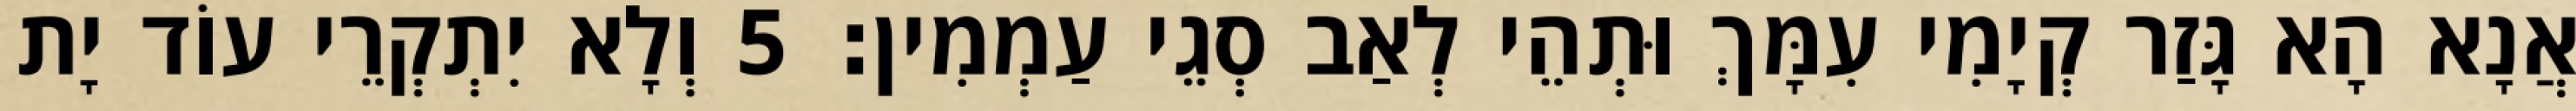
אֲנָא הָא גָּזַר קְיָמִי עִמָּךְ וּתְהֵי לְאַב סְגֵי עַמְמִין׃ 5 וְלָא יִתְקְרֵי עוֹד יָת